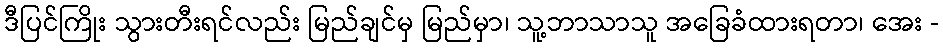
ဒီပြင်ကြိုး သွားတီးရင်လည်း မြည်ချင်မှ မြည်မှာ၊ သူ့ဘာသာသူ အခြေခံထားရတာ၊ အေး -